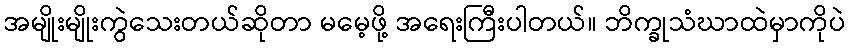
အမျိုးမျိုးကွဲသေးတယ်ဆိုတာ မမေ့ဖို့ အရေးကြီးပါတယ်။ ဘိက္ခုသံဃာထဲမှာကိုပဲ